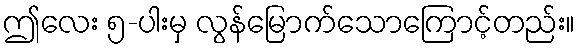
ဤလေး ၅-ပါးမှ လွန်မြောက်သောကြောင့်တည်း။